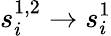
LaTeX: s_{i}^{1,2}\to s_{i}^{1}